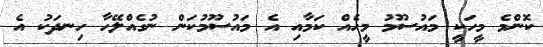
ކޮންމެ މީހަކީ މައުސޫމު މީހެއް ކަމާއި އެ މައުސޫމުކަން ނުގެއްލޭހާ ހިނދަކު އެ